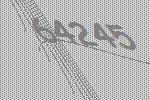
64245